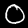
Label: 0